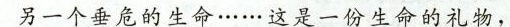
另一个垂危的生命……这是一份生命的礼物，